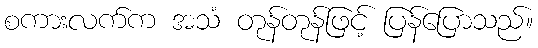
စကားလက်က အသံ တုန်တုန်ဖြင့် ပြန်ပြောသည်။